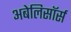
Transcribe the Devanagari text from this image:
अबेलिसॉर्स